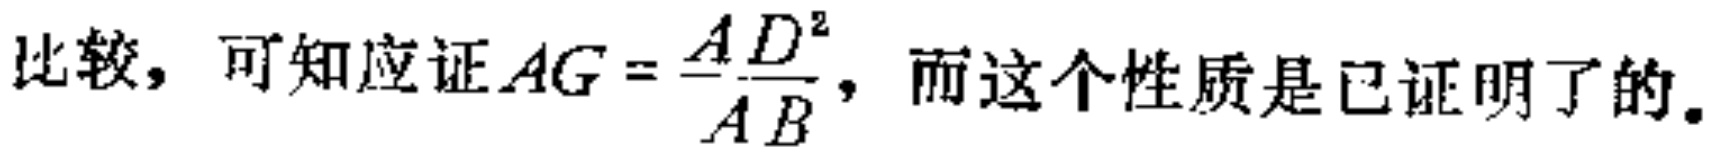
比较，可知应证\(AG = \frac{AD^{2}}{AB}\)，而这个性质是已证明了的。